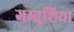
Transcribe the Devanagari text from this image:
गम्बूशिया